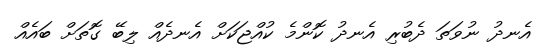
އެނދު ނުވަތަ ދެބުރި އެނދު ކޮންމެ ކުއްޖަކަށް އެނދެއް ލިބޭ ގޮތަށް ބައެއް